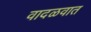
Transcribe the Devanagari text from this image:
वादळवात